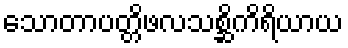
သောတာပတ္တိဖလသစ္ဆိကိရိယာယ